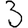
Digit: 3